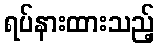
ရပ်နားထားသည့်